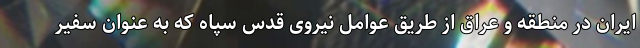
ایران در منطقه و عراق از طریق عوامل نیروی قدس سپاه که به عنوان سفیر